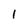
Character: 1